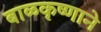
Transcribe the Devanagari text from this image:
बाळकृष्णाने